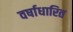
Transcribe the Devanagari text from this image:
वर्षाधारित